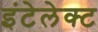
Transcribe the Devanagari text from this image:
इंटेलेक्ट